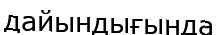
дайындығында